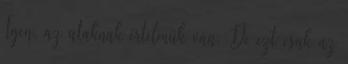
Igen, az utaknak értelmük van. De ezt csak az